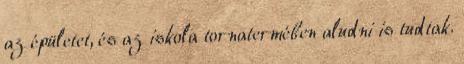
az épületet, és az iskola tornatermében aludni is tudtak.